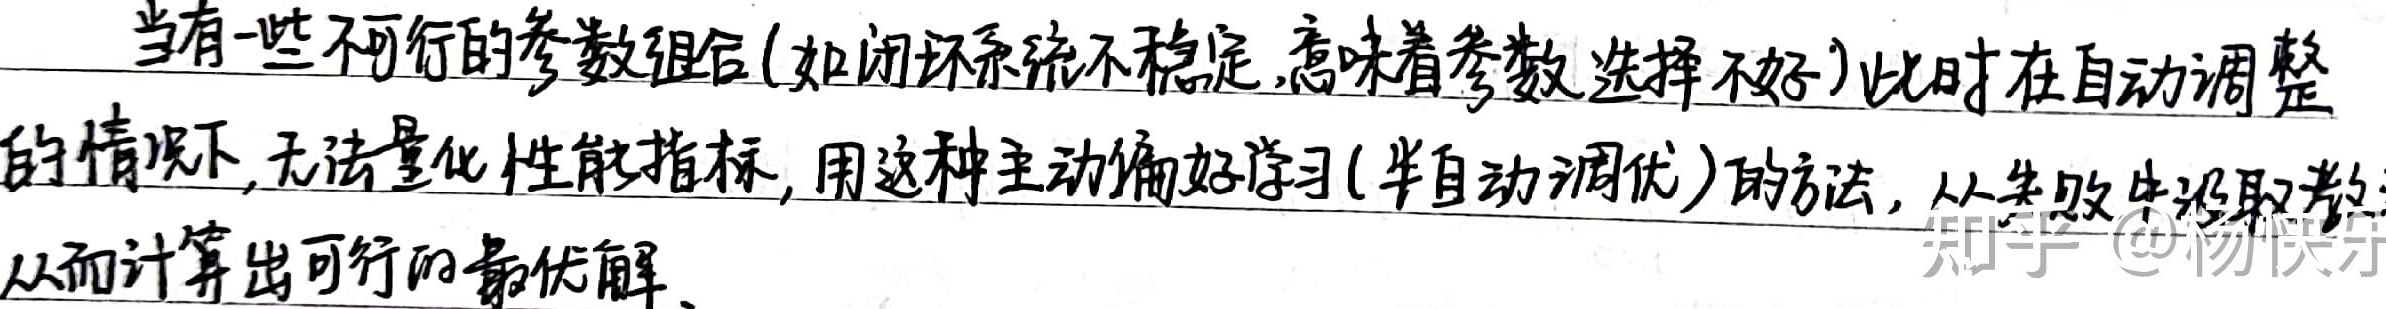
当有一些不可行的参数组合(如闭环系统不稳定,意味着参数选择不好)此时在自动调整
的情况下, 无法量化性能指标, 用这种主动偏好学习(半自动调优)的方法, 从失败中汲取教
从而计算出可行的最优解。
知乎@杨快乐